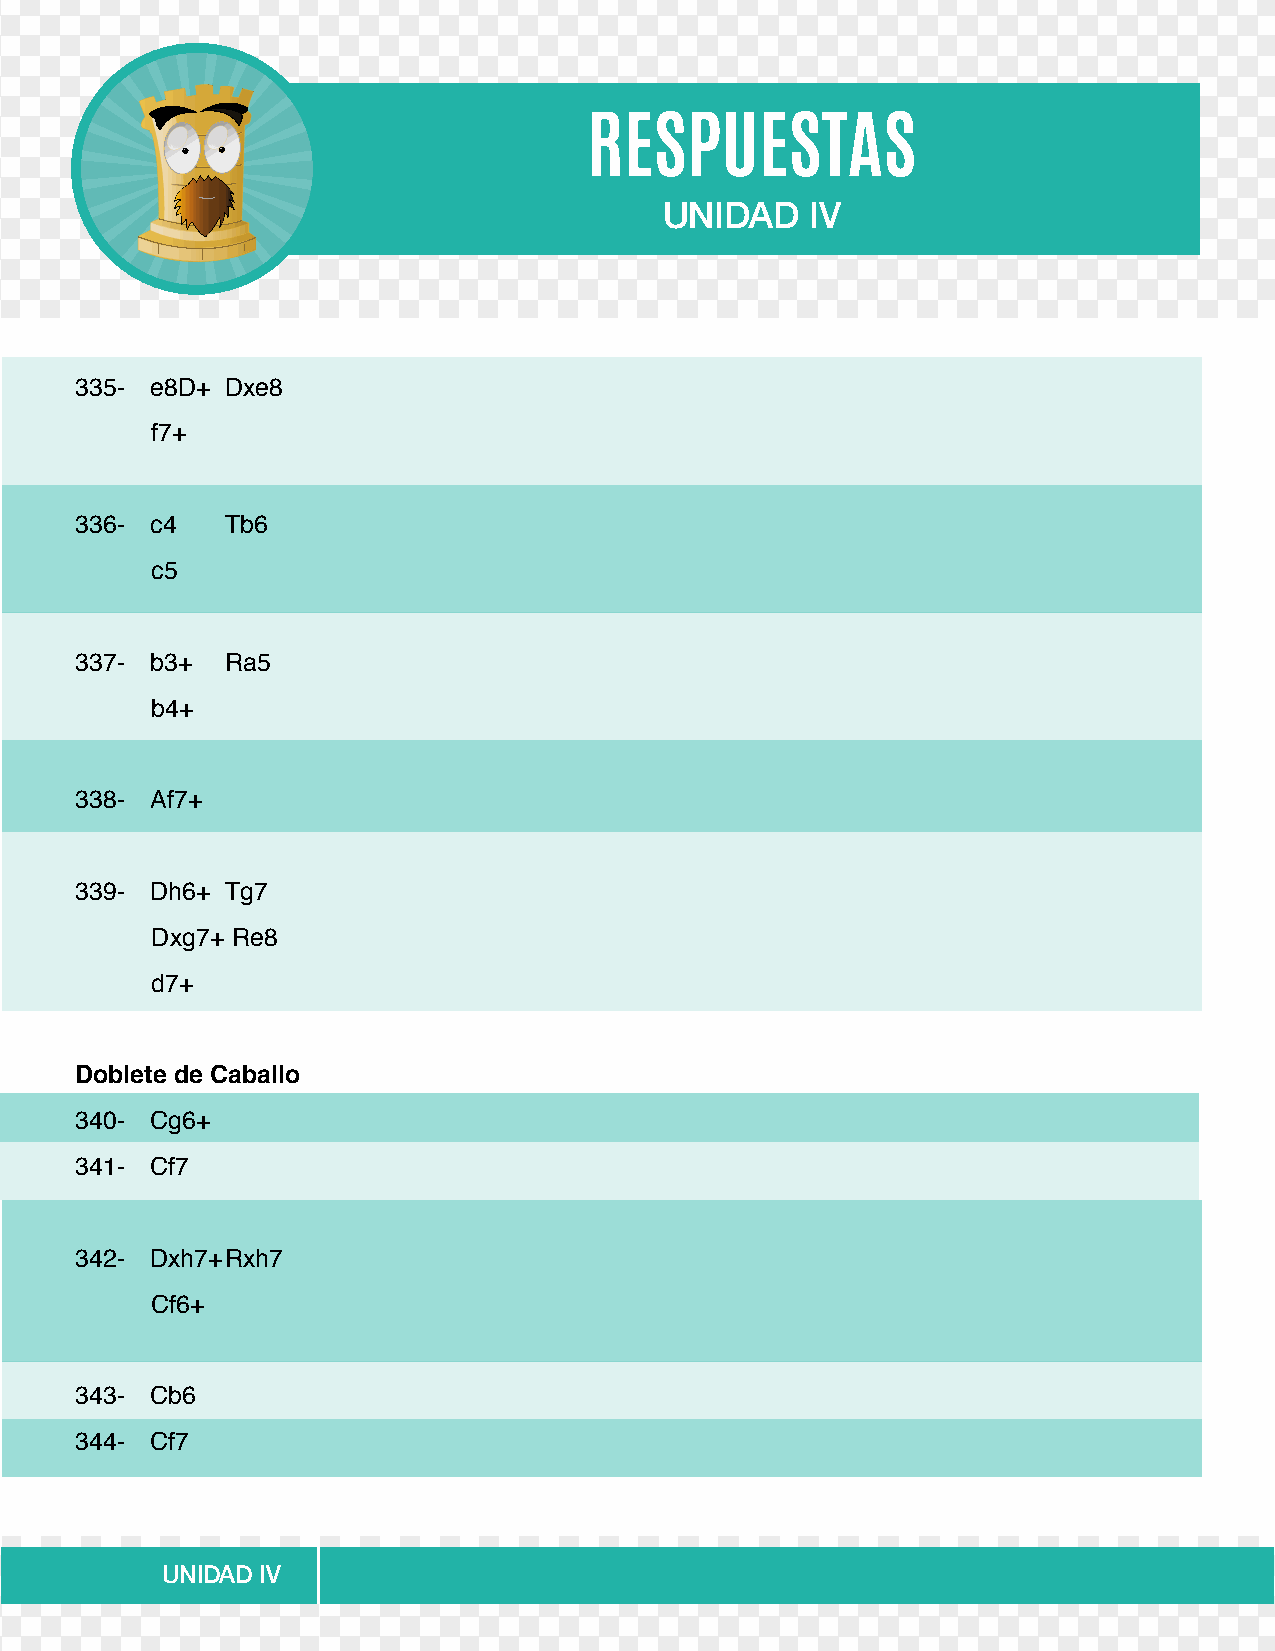
RESPUESTAS
 UNIDAD    IV
 335- e8D+ Dxe8
 f7+
 336- c4   Tb6
 c5
 337- b3+  Ra5
 b4+
 338- Af7+
 339- Dh6+ Tg7
 Dxg7+ Re8
 d7+
 Doblete de Caballo
 340- Cg6+
 341- Cf7
 342- Dxh7+ Rxh7
 Cf6+
 343- Cb6
 344- Cf7
 UNIDAD IV